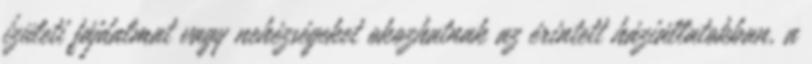
ízületi fájdalmat vagy nehézségeket okozhatnak az érintett háziállatokban, a